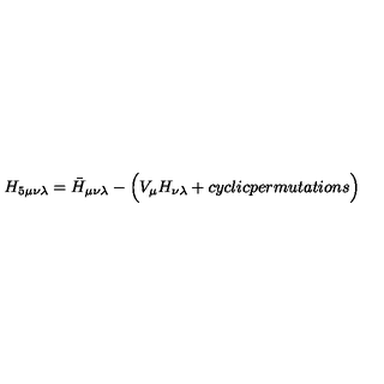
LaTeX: H _ { 5 \mu \nu \lambda } = \bar { H } _ { \mu \nu \lambda } - \Bigl ( V _ { \mu } H _ { \nu \lambda } + c y c l i c p e r m u t a t i o n s \Bigr )